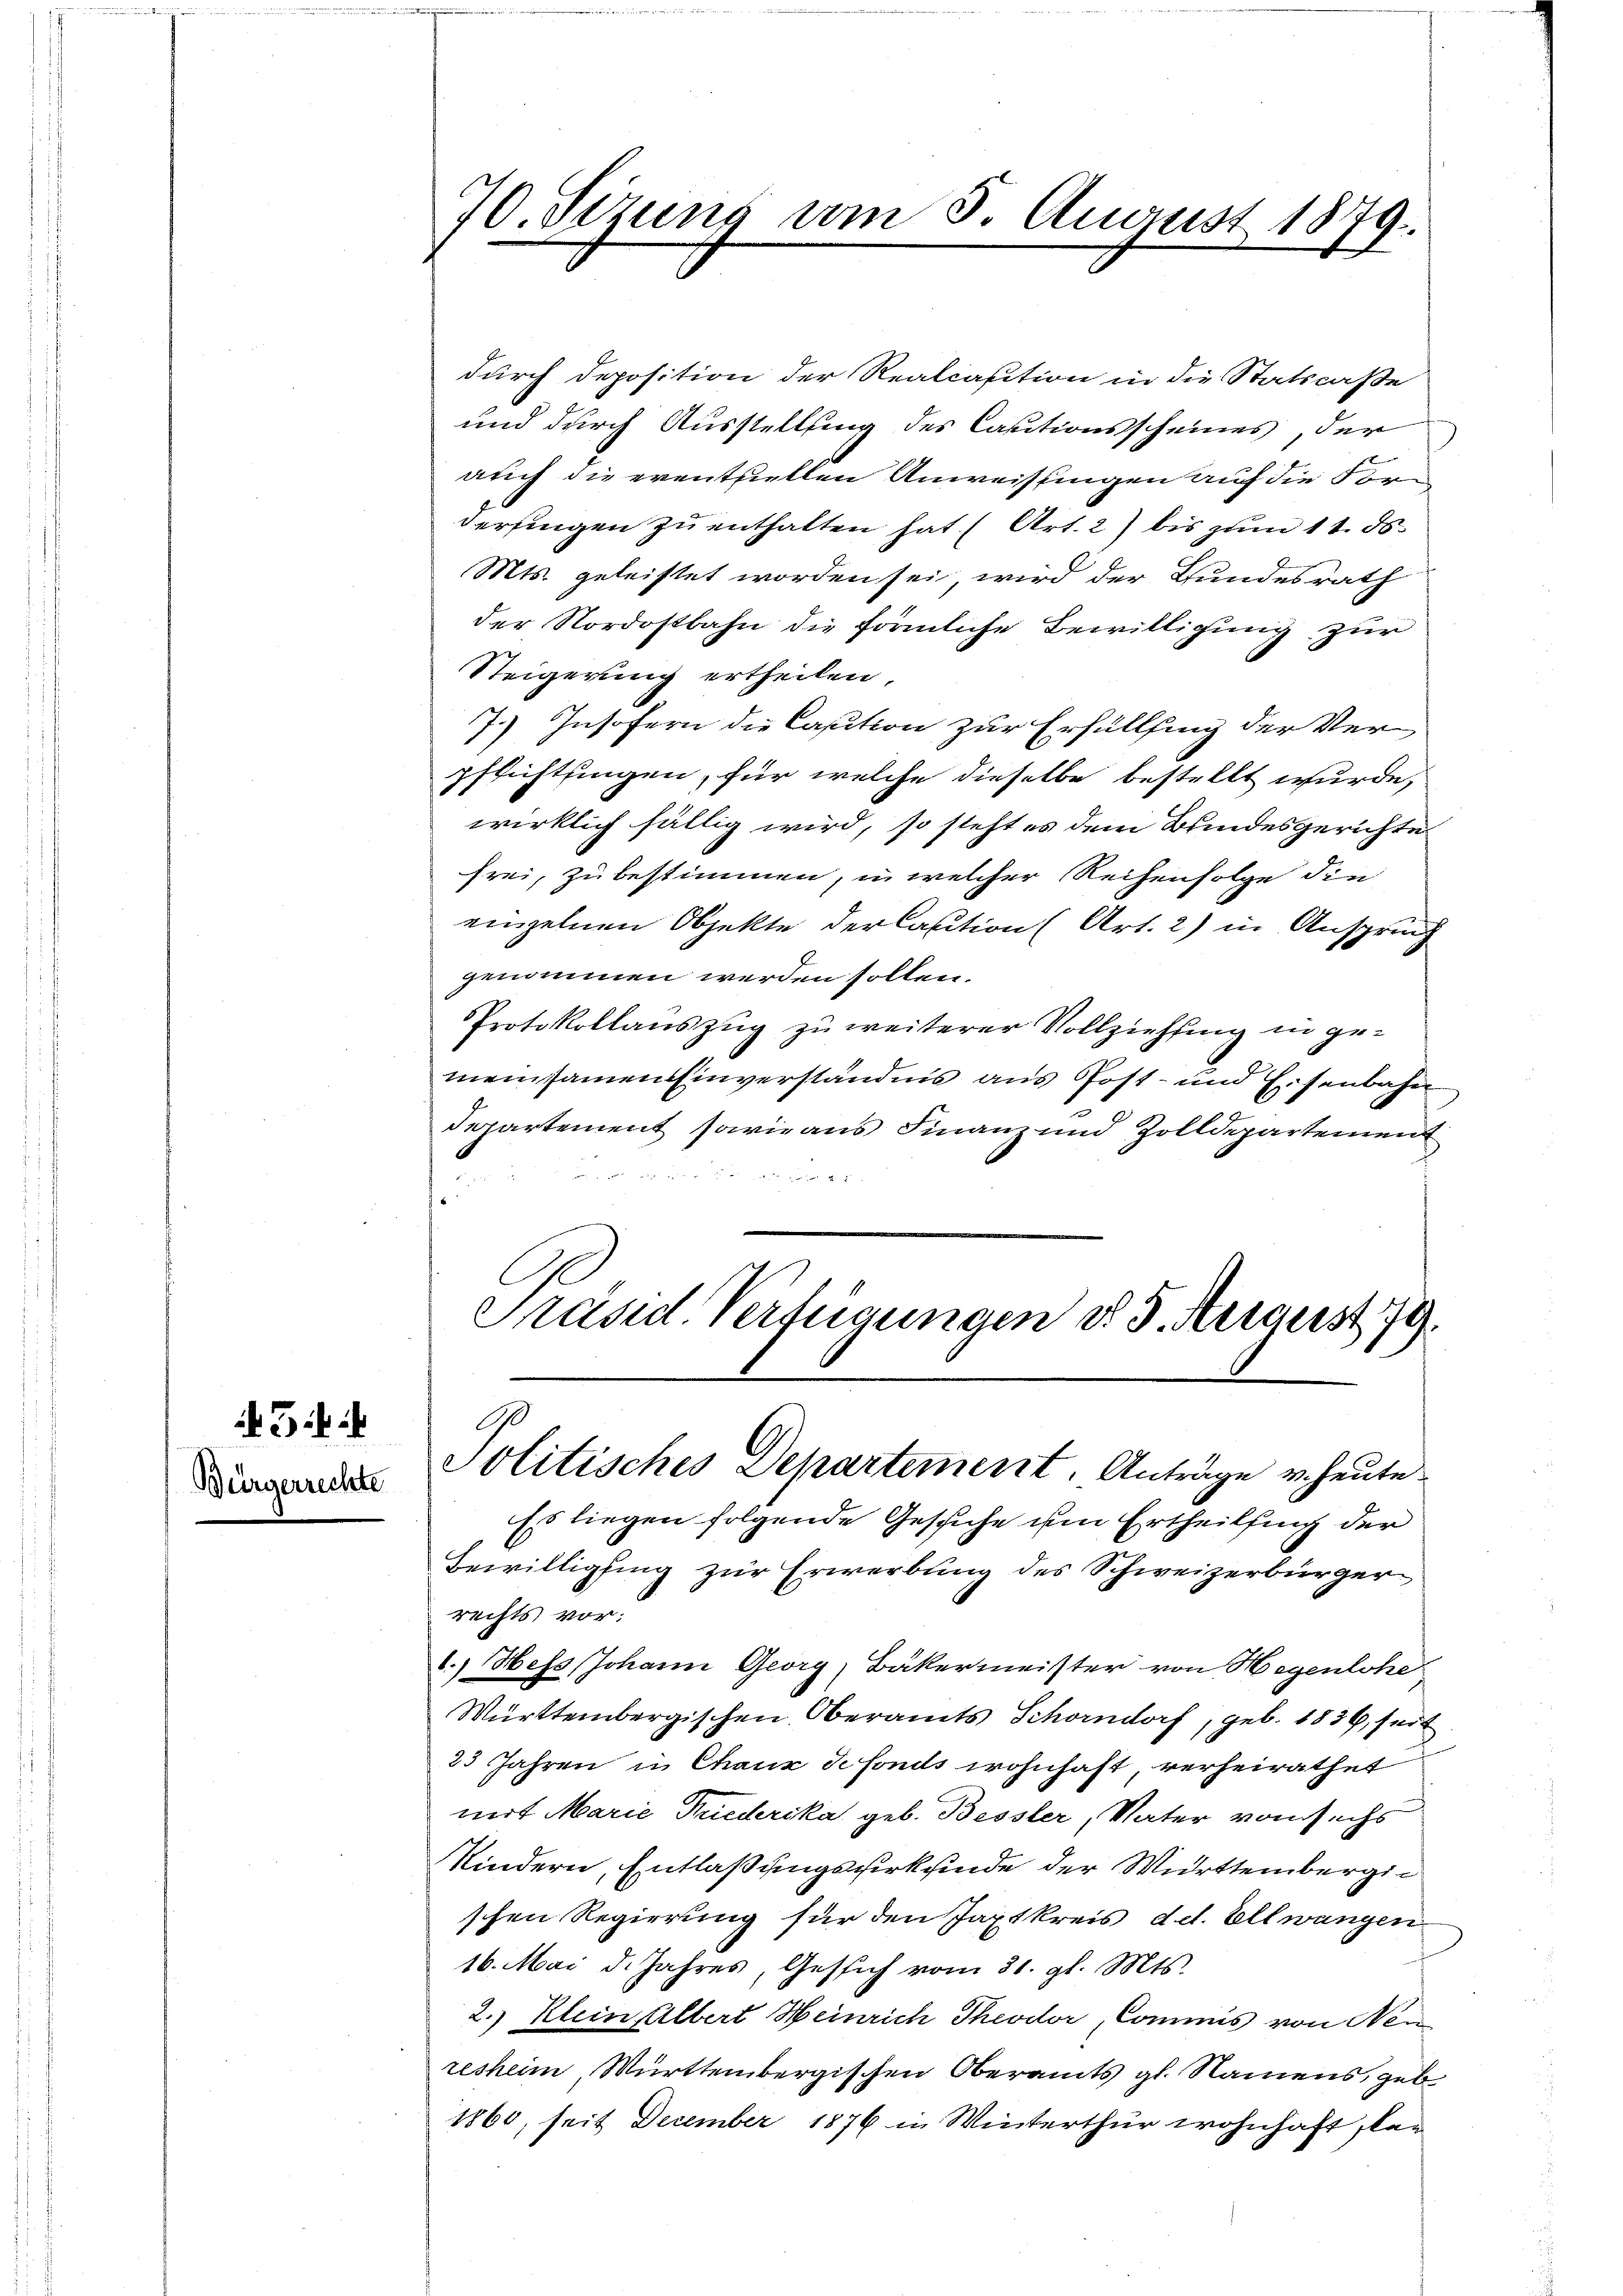
Bürgerrechte

70. Sezung vom 5. August 1879.

durch Deposition der Realcasition in die Statscaße
und durch Ausstellung des Cautionsscheines, der
auch die eventziellen Anweisungen auf die For
derfingen zu enthalten hat. (Art. 2) bis zum 11. ds.
Mts. geleistet worden sei, wird der Bundesrath
der Nordostbahn die förmliche Bewilligung zur
Steigerung ertheilen,
7.) Insofern die Casition zur Erfüllung der Ver
pflichtsingen, für welche dieselbe bestellt wurde,
wirklich fällig wird, so steht es dem Bundesgerichte
frei, zu bestimmen, in welcher Reihenfolge die
einzelnen Objekte der Caution (Art. 2) in Anspruch
genommen werden sollen.
Protokollauszug zu weiterer Vollziehung in gemeinsamen Einverständnis aus Post- und Eisenbahn
Departement sowie aus Finanz und Zolldepartement
.

l

Präsid. Verfügungen d. 5. August 179.
Politisches Departement. Anträge u. heute

Es liegen folgende Gesiche im Ertheilung der
Bewilligung zur Erwerbung des Schweizerbürger
rechts vor:
1.) Hess Johann Georg, Bäkermeister von Hegenlohe
Württembergischen Oberamts Schorndorf, geb. 1836, seit
23 Jahren in Chaux sefonds wohnhaft, verheirathet
mit Marie Niederika, geb. Bessler, Vater vom sechs
Kindern, Entlaßungsverkunde der Württembergi
schen Regierung für den Japtkreis d.d. Ellwangen
16. Mai d. Jahres, Gesich vom 31. gl. Mts.
2.) Klein Albert Heinrich Theodor Commis von Neuresheim Württembergischen Oberamts gl. Namens, geb
1860, seit December 1876 in Winterthur wohnhaft san